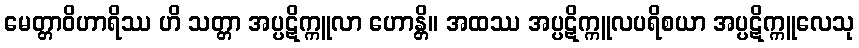
မေတ္တာဝိဟာရိဿ ဟိ သတ္တာ အပ္ပဋိက္ကူလာ ဟောန္တိ။ အထဿ အပ္ပဋိက္ကူလပရိစယာ အပ္ပဋိက္ကူလေသု